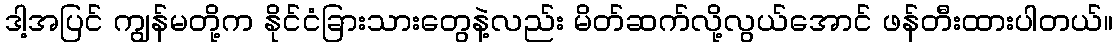
ဒါ့အပြင် ကျွန်မတို့က နိုင်ငံခြားသားတွေနဲ့လည်း မိတ်ဆက်လို့လွယ်အောင် ဖန်တီးထားပါတယ်။